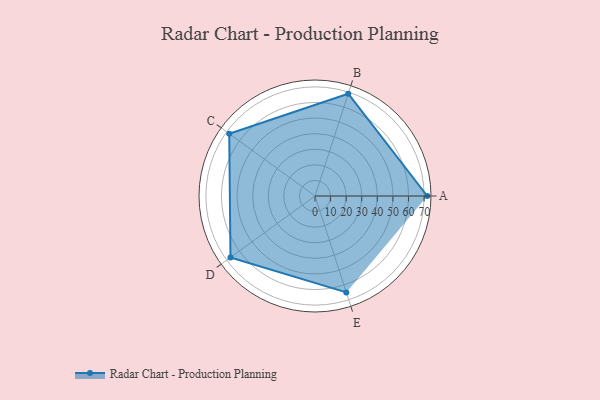
{"axis": {"x": "Skill", "y": "Score"}, "legend": ["Profile"], "data": [{"x": "A", "y": 72.0, "type": "Profile"}, {"x": "B", "y": 69.0, "type": "Profile"}, {"x": "C", "y": 68.0, "type": "Profile"}, {"x": "D", "y": 67.0, "type": "Profile"}, {"x": "E", "y": 65.0, "type": "Profile"}]}